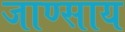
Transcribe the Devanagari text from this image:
जाण्साय